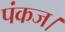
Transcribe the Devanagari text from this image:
पंकज।